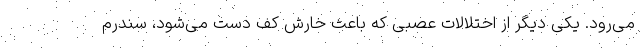
می‌رود. یکی دیگر از اختلالات عصبی که باعث خارش کف دست می‌شود، سندرم